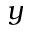
y